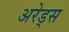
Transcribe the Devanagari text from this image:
अरेड्स